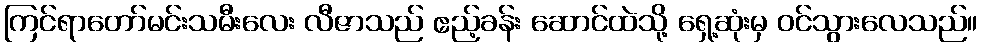
ကြင်ရာတော်မင်းသမီးလေး လီဇာသည် ဧည့်ခန်း ဆောင်ထဲသို့ ရှေ့ဆုံးမှ ဝင်သွားလေသည်။